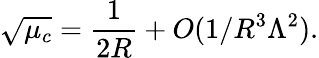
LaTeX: \sqrt{\mu_{c}}={\frac{1}{2R}}+O(1/R^{3}\Lambda^{2}).